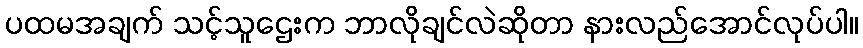
ပထမအချက် သင့်သူဌေးက ဘာလိုချင်လဲဆိုတာ နားလည်အောင်လုပ်ပါ။